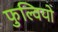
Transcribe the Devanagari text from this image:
फुल्वियो